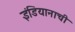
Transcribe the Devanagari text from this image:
इंडियानाची